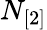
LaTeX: N_{[2]}